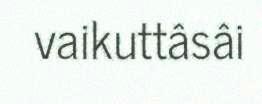
vaikuttâsâi